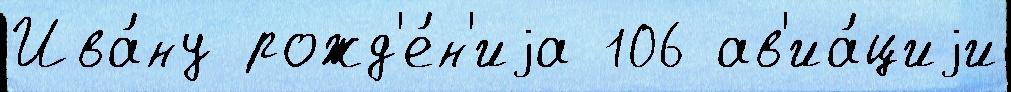
Ива́ну рожд'е́н'иjа 106 ав'иа́циjи